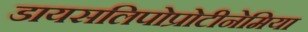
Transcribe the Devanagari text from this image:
डायसलिपोप्रोटीनेमिया